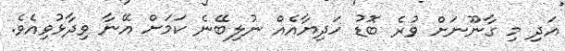
އަދި މި ގާނޫނަށް ވުރެ ބޮޑު ހަދިޔާއެއް ނުލިބޭނެ ކަމަށް އޭނާ ވިދާޅުވިއެވެ.